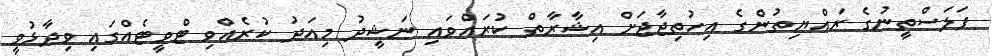
ފަލަސްތީނުގެ ރައްޔިތުންގެ އިހުތިޖާޖަށް އިޝާރާތް ކުރައްވައި ނަޝީދު މިއަދު ކުރެއްވި ޓްވީޓެއްގައި ވިދާޅުވީ